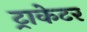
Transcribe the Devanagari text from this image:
ट्राकेटर